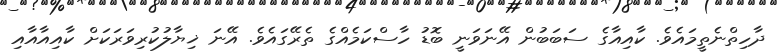
ދާހިތްނެތީމައެވެ. ކާއިއާގެ ސަބަބުން އޭނަވަނީ ބޮޑު ހާސްކަމެއްގެ ތެރޭގައެވެ. އޭނަ ޚިޔާލުކުރިވަރަކަށް ކާއިއާއާއި